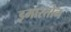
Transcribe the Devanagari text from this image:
इमारतोन